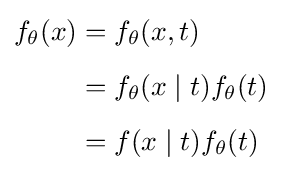
{\begin{aligned}f_{\theta }(x)&=f_{\theta }(x,t)\\[5pt]&=f_{\theta }(x\mid t)f_{\theta }(t)\\[5pt]&=f(x\mid t)f_{\theta }(t)\end{aligned}}